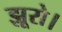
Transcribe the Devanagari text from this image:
झूरो।